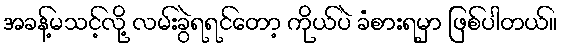
အခန့်မသင့်လို့ လမ်းခွဲရရင်တော့ ကိုယ်ပဲ ခံစားရမှာ ဖြစ်ပါတယ်။